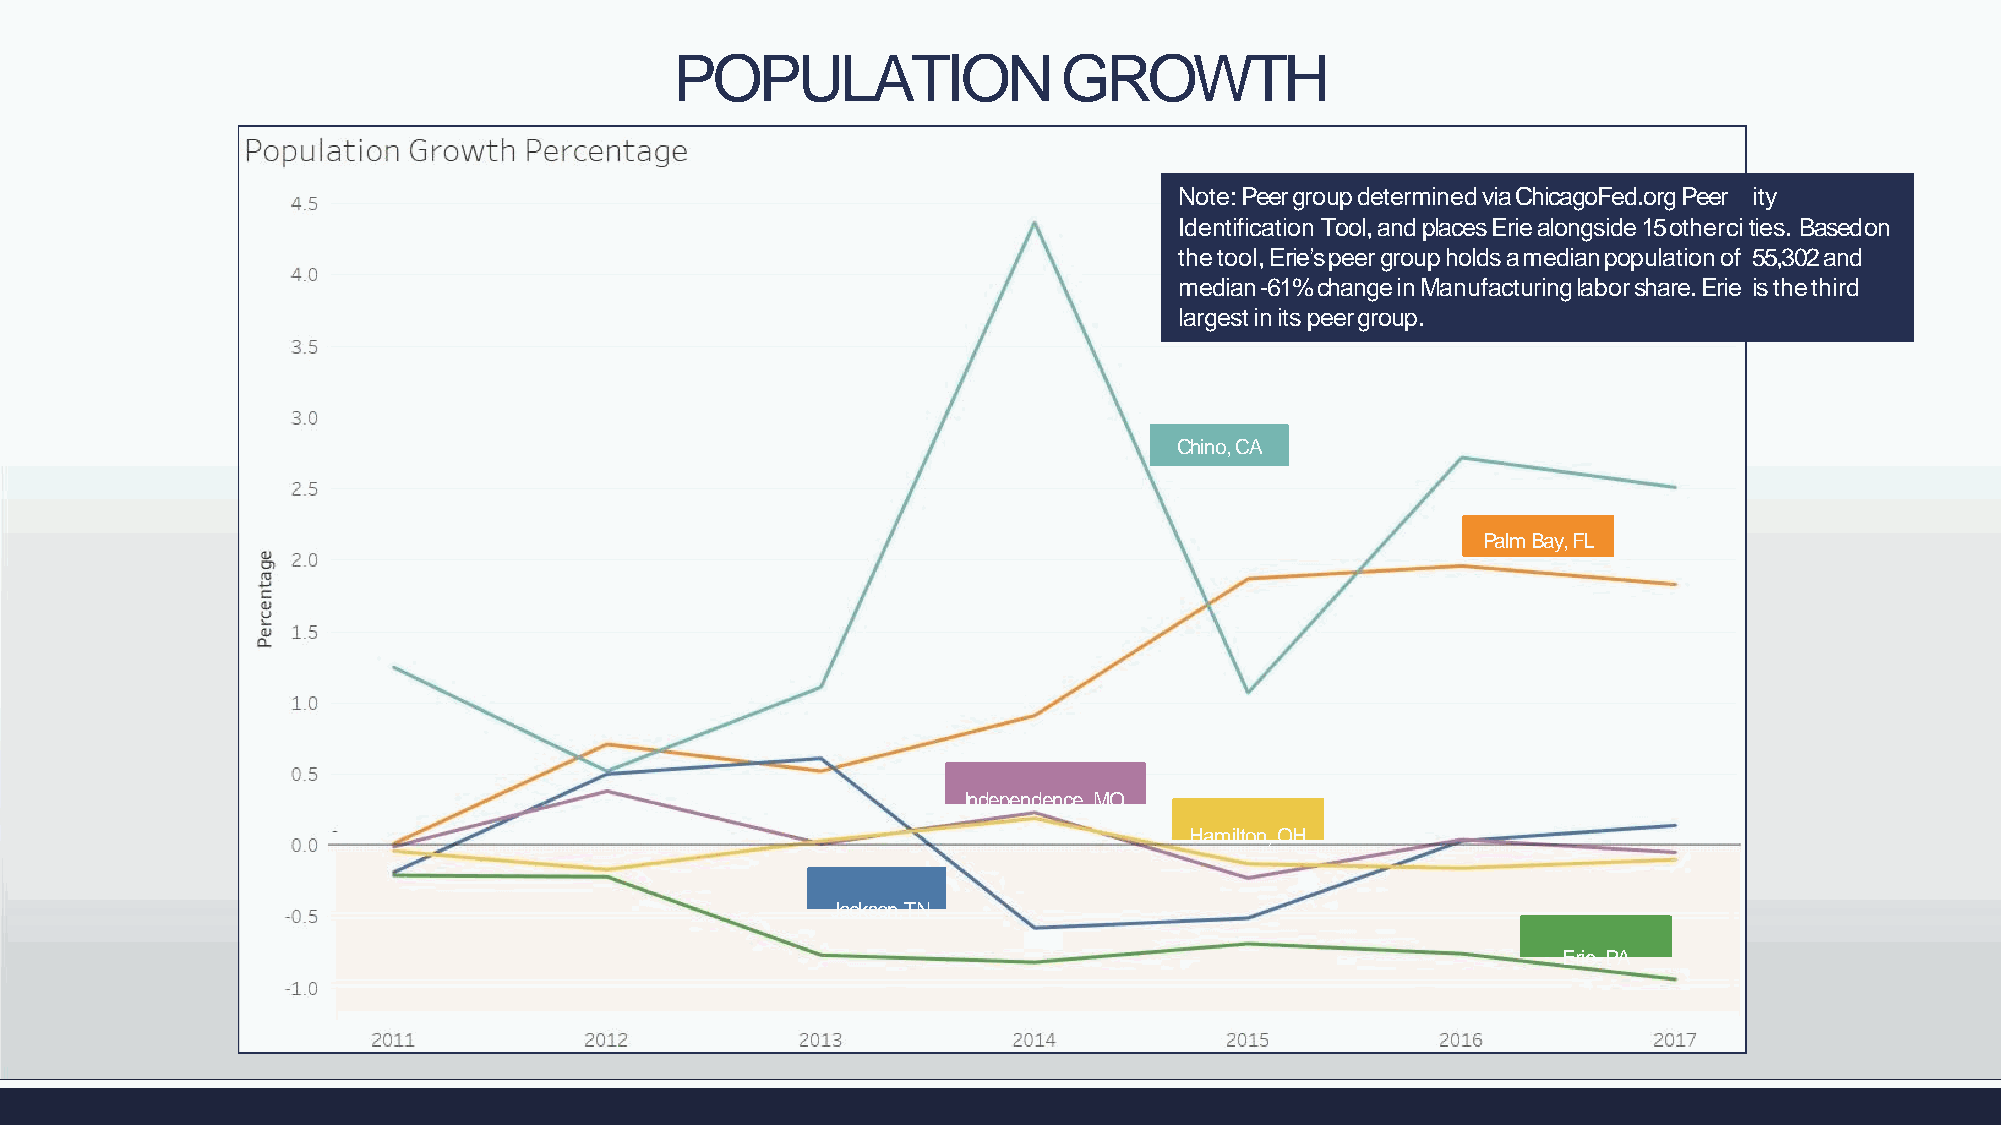
POPULATION               GROWTH
 Note:PeergroupdeterminedviaChicagoFed.orgPeer ity
 Identification Tool, and places Erie alongside 15 othercities. Basedon
 thetool,Erie’speergroupholdsamedianpopulationof 55,302and
 median-61%changeinManufacturinglaborshare.Erie is thethird
 largestinitspeergroup.
 Chino,CA
 Palm Bay,FL
 Independence, MO
 Hamilton,OH
 Jackson,TN
 Erie,PA